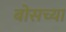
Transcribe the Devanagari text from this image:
बोसच्या